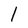
Character: l